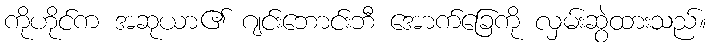
ကိုဟိုင်က အဆုယာ၏ ဂျင်းဘောင်းဘီ အောက်ခြေကို လှမ်းဆွဲထားသည်။